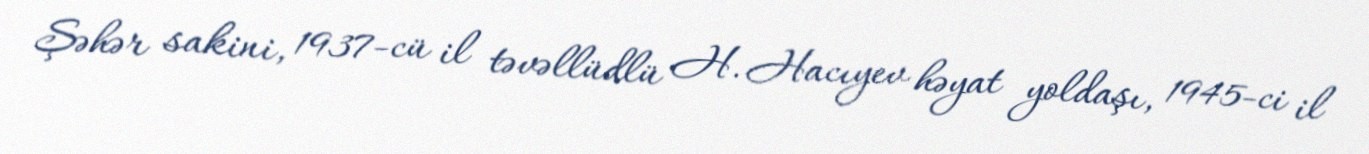
Şəhər sakini, 1937-cü il təvəllüdlü H. Hacıyev həyat yoldaşı, 1945-ci il